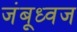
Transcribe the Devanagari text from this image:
जंबूध्वज